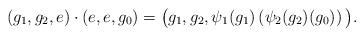
LaTeX: \begin{align*}(g_1,g_2,e)\cdot (e,e,g_0)=\big( g_1, g_2,\psi_1(g_1)\left(\psi_2(g_2)(g_0)\right) \big).\end{align*}